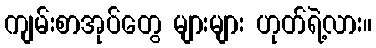
ကျမ်းစာအုပ်တွေ များများ ဟုတ်ရဲ့လား။